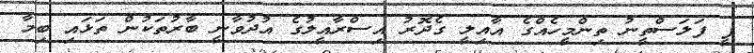
ޕީ ފަލަސްތީނު ތިންމީހެއްގެ އާއިލީ ގެދޮރު އިސްރާއީލުގެ އުދުވާނީ ބާރުތަކުން ތަޅައި ބިމާ